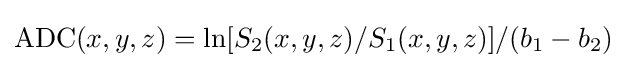
\mathrm {ADC} (x,y,z)=\ln[S_{2}(x,y,z)/S_{1}(x,y,z)]/(b_{1}-b_{2})